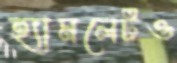
হ্যামলেটও